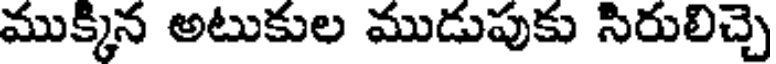
ముక్కిన అటుకుల ముడుపుకు సిరులిచ్చె